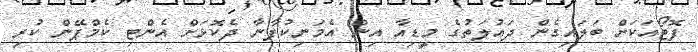
ފޮޓޯއަކަށް ބަލައިގެން ދައުލަތުގެ މީޑިއާ އިން އެމަނިކުފާނާ ދެކޮޅަށް އެންޓި ކެމްޕޭން ކުރި